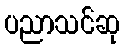
ပညာသင်ဆု